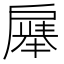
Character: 𪭚